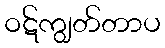
ဝဋ်ကျွတ်တာပ